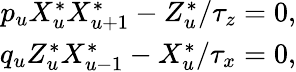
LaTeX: \begin{array}{r}{p_{u}X_{u}^{*}X_{u+1}^{*}-Z_{u}^{*}/\tau_{z}=0,}\\ {q_{u}Z_{u}^{*}X_{u-1}^{*}-X_{u}^{*}/\tau_{x}=0,}\end{array}